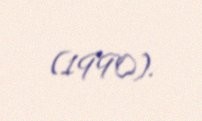
(1990).